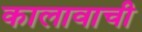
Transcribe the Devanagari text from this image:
कालावाची